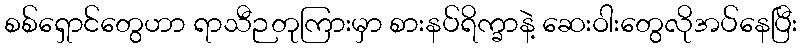
စစ်ရှောင်တွေဟာ ရာသီဉတုကြားမှာ စားနပ်ရိက္ခာနဲ့ ဆေးဝါးတွေလိုအပ်နေပြီး